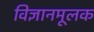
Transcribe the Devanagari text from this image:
विज्ञानमूलक